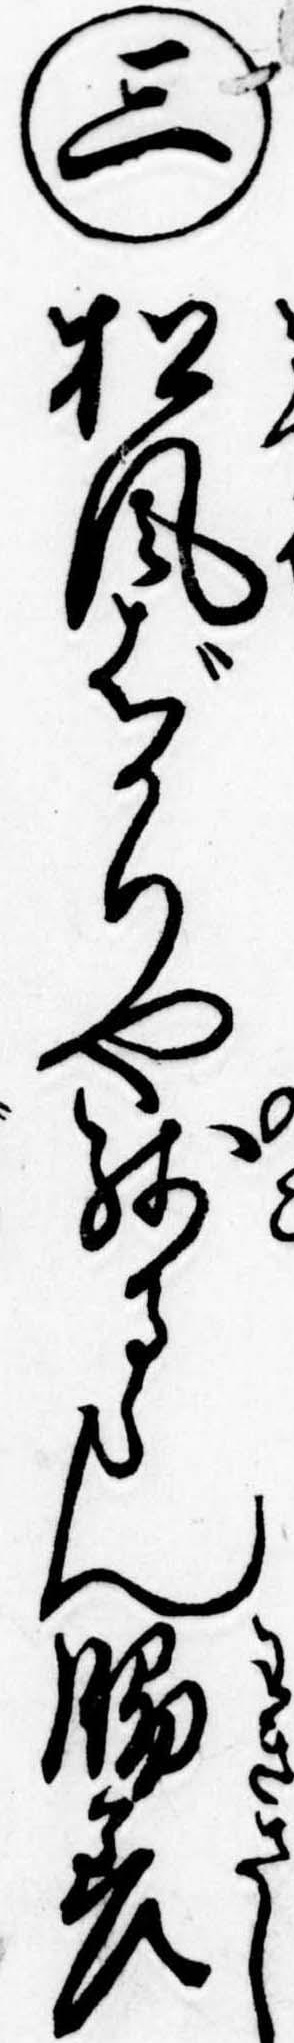
㊂松風ばかりや残るらん脇差